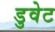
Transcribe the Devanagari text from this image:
डुवेट